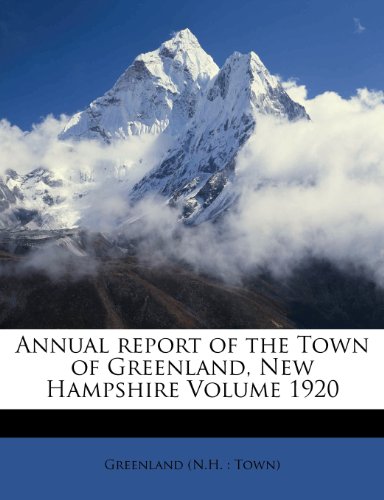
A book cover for Annual report of the Town of Greenland, New Hampshire Volume 1920; History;